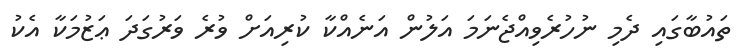
ތައުބާގައި ދެމި ނުހުރެވިއްޖެނަމަ އަލުން އަނެއްކާ ކުރިއަށް ވުރެ ވަރުގަދަ ޢަޒުމަކާ އެކު